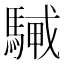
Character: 𩤭